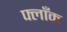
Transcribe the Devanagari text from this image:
फ्लाँक